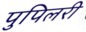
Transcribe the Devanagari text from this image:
पुपिलरी